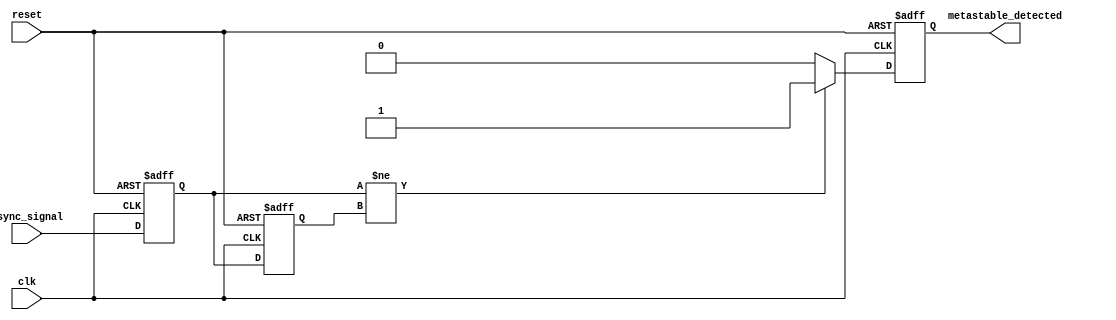
module metastability_detector (
    input wire clk,            // Clock signal
    input wire reset,          // Reset signal
    input wire async_signal,   // Input signal from asynchronous source
    output reg metastable_detected // Output signal indicating metastability
);

    // Internal signals for the latches
    reg latch1, latch2;

    // Memory to hold previous latch states
    reg [1:0] memory_block; // 2 bits to store the states of latches

    // Process to sample the input signal with latches
    always @(posedge clk or posedge reset) begin
        if (reset) begin
            latch1 <= 0;
            latch2 <= 0;
            metastable_detected <= 0;
            memory_block <= 2'b00;
        end else begin
            latch1 <= async_signal; // Sample input signal on first clock edge
            latch2 <= latch1;       // Sample the output of latch1 on the next clock edge
            
            // Store the latch states in memory block
            memory_block <= {latch2, latch1}; 

            // Detection logic for metastability
            // Metastable condition if latch1 and latch2 are not equal
            if (latch1 != latch2) begin
                metastable_detected <= 1; // Metastable condition detected
            end else begin
                metastable_detected <= 0; // No metastability
            end
        end
    end

endmodule